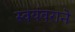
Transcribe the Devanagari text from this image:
स्वयंवराने